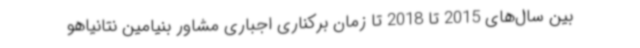
بین سال‌های 2015 تا 2018 تا زمان برکناری اجباری مشاور بنیامین نتانیاهو